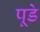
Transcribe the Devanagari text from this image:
पूडे